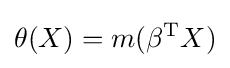
\theta (X)=m(\beta ^{\mathrm {T} }X)